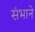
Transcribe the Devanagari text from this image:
संभाने